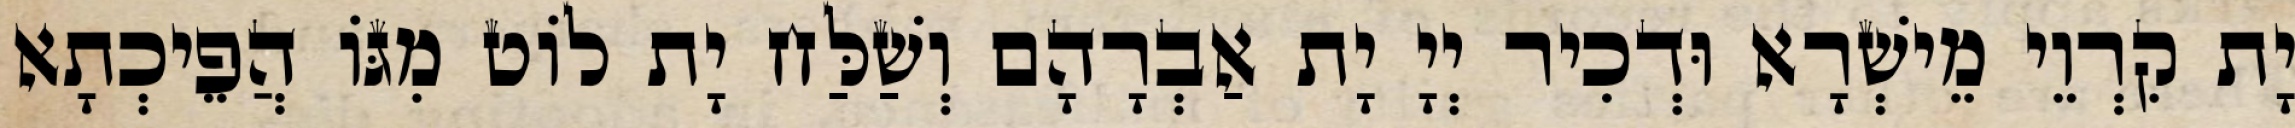
יָת קִרְוֵי מֵישְׁרָא וּדְכִיר יְיָ יָת אַבְרָהָם וְשַׁלַּח יָת לוֹט מִגּוֹ הֲפֵיכְתָא